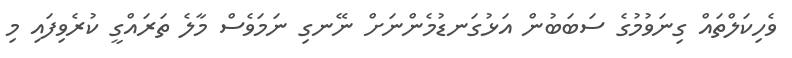
ވެހިކަލްތައް ގިނަވުމުގެ ސަބަބުން އަޅުގަނޑުމެންނަށް ނޭނގި ނަމަވެސް މާލެ ތަރައްގީ ކުރެވިފައި މި